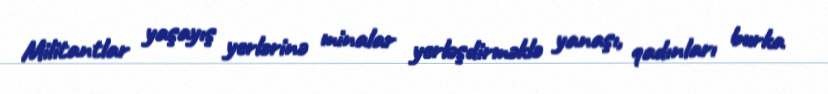
Militantlar yaşayış yerlərinə minalar yerləşdirməklə yanaşı, qadınları burka